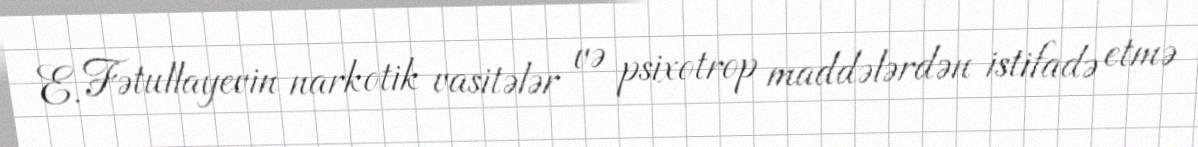
E. Fətullayevin narkotik vasitələr və psixotrop maddələrdən istifadə etmə